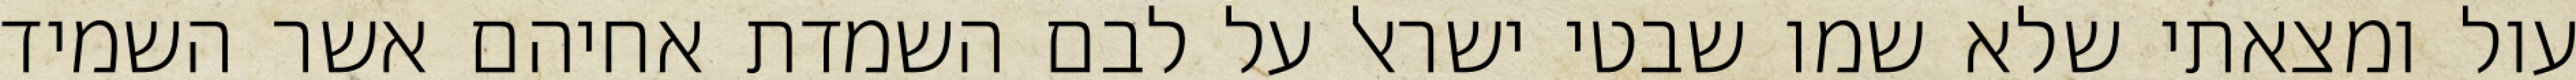
עול ומצאתי שלא שמו שבטי ישראל על לבם השמדת אחיהם אשר השמיד